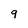
Character: 9